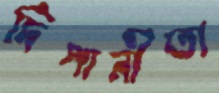
দিপানীতা